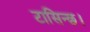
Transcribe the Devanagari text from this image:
टासिन्छ।